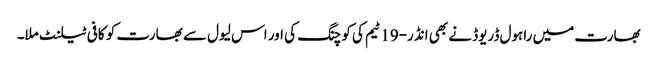
بھارت میں راہول ڈریوڈ نے بھی انڈر-19 ٹیم کی کوچنگ کی اور اس لیول سے بھارت کو کافی ٹیلنٹ ملا۔